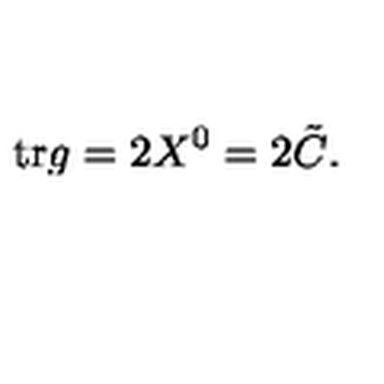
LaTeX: \mathrm { t r } g = 2 X ^ { 0 } = 2 { \tilde { C } } .